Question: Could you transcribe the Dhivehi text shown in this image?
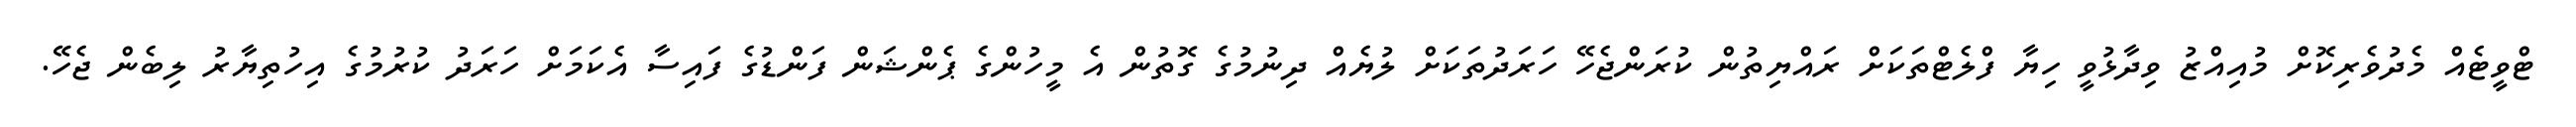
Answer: ޓްވީޓެއް މެދުވެރިކޮށް މުއިއްޒު ވިދާޅުވީ ހިޔާ ފްލެޓްތަކަށް ރައްޔިތުން ކުރަންޖެހޭ ހަރަދުތަކަށް ލުޔެއް ދިނުމުގެ ގޮތުން އެ މީހުންގެ ޕެންޝަން ފަންޑުގެ ފައިސާ އެކަމަށް ހަރަދު ކުރުމުގެ އިހުތިޔާރު ލިބެން ޖެހޭ.